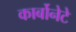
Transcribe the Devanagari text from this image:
कार्बोनेटे